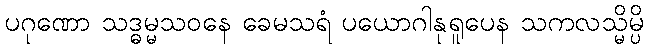
ပဂုဏော သဒ္ဓမ္မသဝနေ ခေမသရံ ပယောဂါနုရူပေန သကလသ္မိမ္ပိ